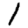
Digit: 1